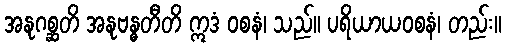
အနုဂစ္ဆတိ အနုဗန္ဓတီတိ ဣဒံ ဝစနံ၊ သည်။ ပရိယာယဝစနံ၊ တည်း။